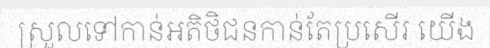
ស្រួលទៅកាន់អតិថិជនកាន់តែប្រសើរ យើង